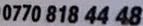
0770 818 44 48